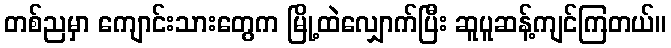
တစ်ညမှာ ကျောင်းသားတွေက မြို့ထဲလျှောက်ပြီး ဆူပူဆန့်ကျင်ကြတယ်။